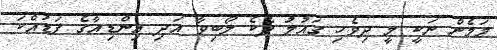
މަމެން ނަކީ މީ ދިވެހި ގައުމު ދެކެ ލޯބިވާ އަދި އިންޑިއާގެ ފަޑުއްކަ